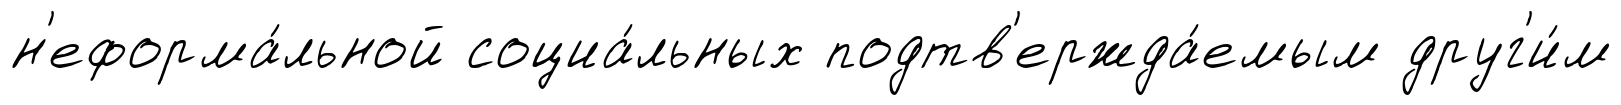
н'еформа́льной социа́льных подтв'ержда́емым друг'и́м